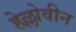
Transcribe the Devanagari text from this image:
हेल्लोवीन